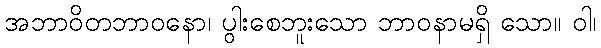
အဘာဝိတဘာဝနော၊ ပွါးစေဘူးသော ဘာဝနာမရှိ သော။ ဝါ၊